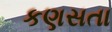
કણસતા